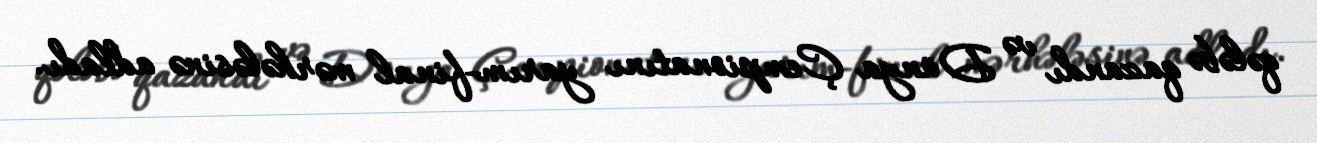
qələbə qazandı və Dünya Çempionatını yarım-final mərhələsinə adladı.